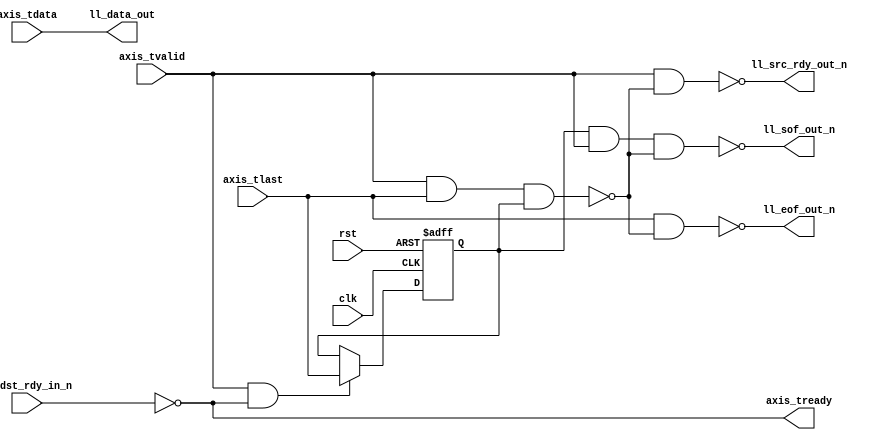
module axis_ll_bridge #
(
    parameter DATA_WIDTH = 8
)
(
    input  wire                   clk,
    input  wire                   rst,
    input  wire [DATA_WIDTH-1:0]  axis_tdata,
    input  wire                   axis_tvalid,
    output wire                   axis_tready,
    input  wire                   axis_tlast,
    output wire [DATA_WIDTH-1:0]  ll_data_out,
    output wire                   ll_sof_out_n,
    output wire                   ll_eof_out_n,
    output wire                   ll_src_rdy_out_n,
    input  wire                   ll_dst_rdy_in_n
);
reg last_tlast = 1'b1;
always @(posedge clk or posedge rst) begin
    if (rst) begin
        last_tlast = 1'b1;
    end else begin
        if (axis_tvalid & axis_tready) last_tlast = axis_tlast;
    end
end
wire invalid = axis_tvalid & axis_tlast & last_tlast;
assign axis_tready = ~ll_dst_rdy_in_n;
assign ll_data_out = axis_tdata;
assign ll_sof_out_n = ~(last_tlast & axis_tvalid & ~invalid);
assign ll_eof_out_n = ~(axis_tlast & ~invalid);
assign ll_src_rdy_out_n = ~(axis_tvalid & ~invalid);
endmodule